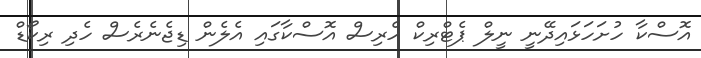
އޮސްކާ ހުށަހަޅައިދޭނީ ނީލް ޕެޓްރިކް ހެރިސް އޮސްކާގައި އެލެން ޑިޖެނެރެސް ހެދި ރިކޯޑް